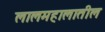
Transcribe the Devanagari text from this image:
लालमहालातील